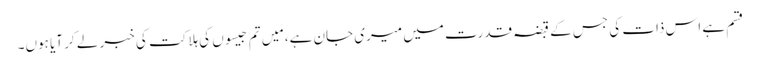
قسم ہے اس ذات کی جس کے قبضہ قدرت میں میری جان ہے، مَیں تم جیسوں کی ہلاکت کی خبر لے کر آیا ہوں۔